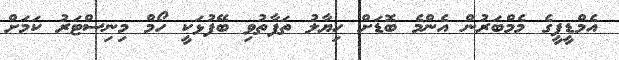
އެމްޑީޕީގެ މެމްބަރުން އެންމެ ބޮޑަށް ހިޔާލު ތަފާތުވި ބޭފުޅަކީ ހޯމް މިނިސްޓަރު ކަމަށް